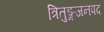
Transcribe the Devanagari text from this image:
त्रितुङ्गजनपद